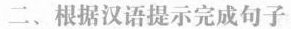
二、根据汉语提示完成句子